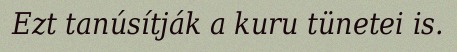
Ezt tanúsítják a kuru tünetei is.